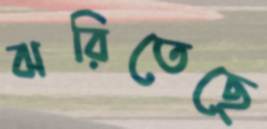
ঝরিতেছে